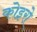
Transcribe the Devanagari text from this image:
कोइरो